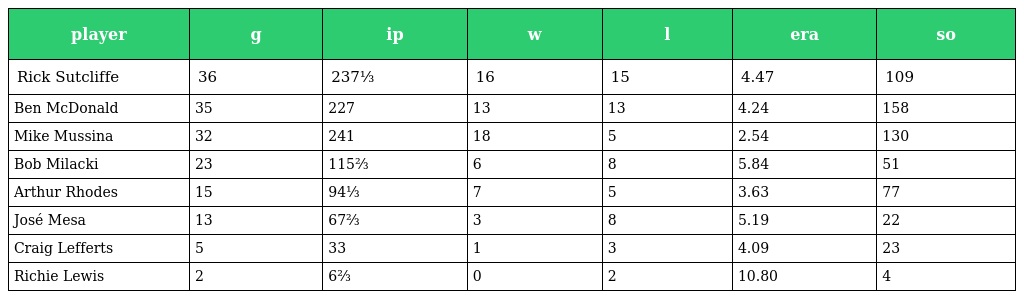
| player | g | ip | w | l | era | so |
 | --- | --- | --- | --- | --- | --- | --- |
 | Rick Sutcliffe | 36 | 237⅓ | 16 | 15 | 4.47 | 109 |
 | Ben McDonald | 35 | 227 | 13 | 13 | 4.24 | 158 |
 | Mike Mussina | 32 | 241 | 18 | 5 | 2.54 | 130 |
 | Bob Milacki | 23 | 115⅔ | 6 | 8 | 5.84 | 51 |
 | Arthur Rhodes | 15 | 94⅓ | 7 | 5 | 3.63 | 77 |
 | José Mesa | 13 | 67⅔ | 3 | 8 | 5.19 | 22 |
 | Craig Lefferts | 5 | 33 | 1 | 3 | 4.09 | 23 |
 | Richie Lewis | 2 | 6⅔ | 0 | 2 | 10.80 | 4 |